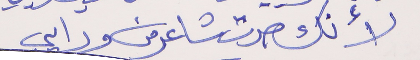
لأنك صرت شاعر من ورايي